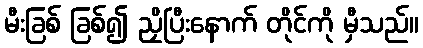
မီးခြစ် ခြစ်၍ ညှိပြီးနောက် တိုင်ကို မှီသည်။